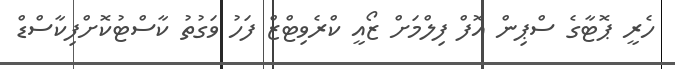
ހެރީ ޕޮޓާގެ ސްޕިން އޮފް ފިލްމަށް ޒޯއީ ކްރެވިޓްޒް ފަހު ވަގުތު ކާސްޓުކޮށްފިކާސްޑް